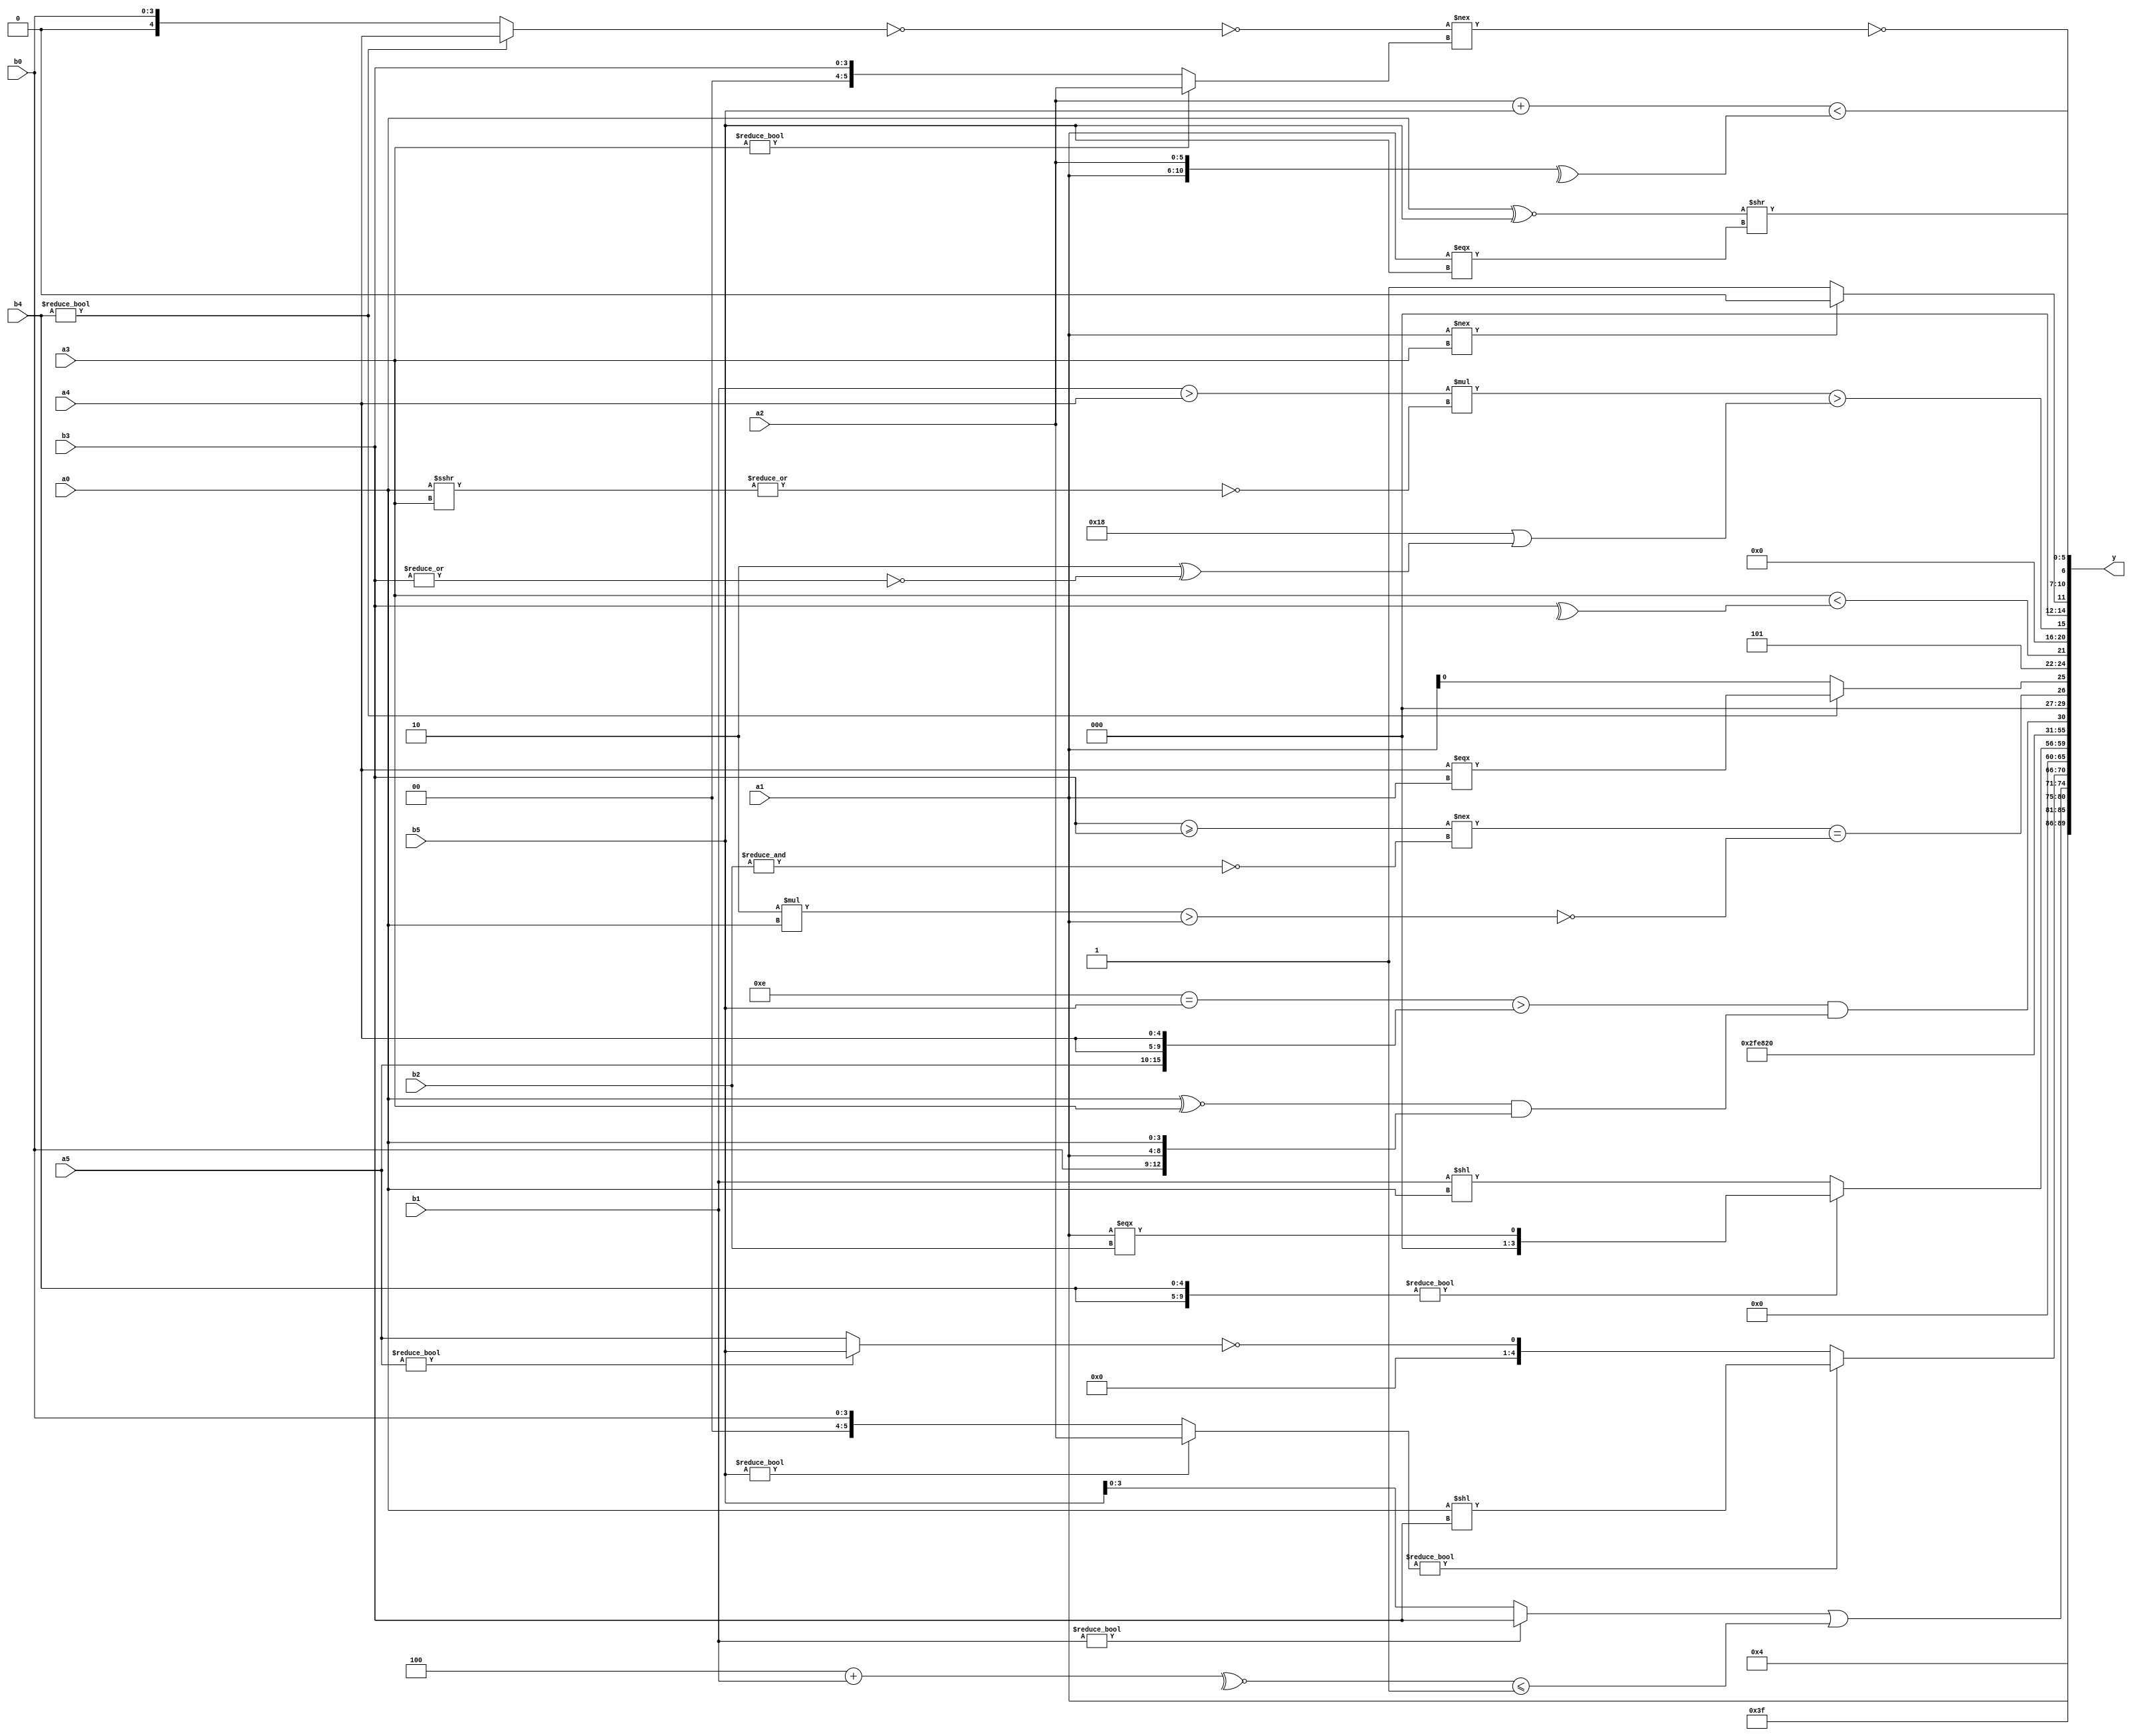
module expression_00474(a0, a1, a2, a3, a4, a5, b0, b1, b2, b3, b4, b5, y);
  input [3:0] a0;
  input [4:0] a1;
  input [5:0] a2;
  input signed [3:0] a3;
  input signed [4:0] a4;
  input signed [5:0] a5;

  input [3:0] b0;
  input [4:0] b1;
  input [5:0] b2;
  input signed [3:0] b3;
  input signed [4:0] b4;
  input signed [5:0] b5;

  wire [3:0] y0;
  wire [4:0] y1;
  wire [5:0] y2;
  wire signed [3:0] y3;
  wire signed [4:0] y4;
  wire signed [5:0] y5;
  wire [3:0] y6;
  wire [4:0] y7;
  wire [5:0] y8;
  wire signed [3:0] y9;
  wire signed [4:0] y10;
  wire signed [5:0] y11;
  wire [3:0] y12;
  wire [4:0] y13;
  wire [5:0] y14;
  wire signed [3:0] y15;
  wire signed [4:0] y16;
  wire signed [5:0] y17;

  output [89:0] y;
  assign y = {y0,y1,y2,y3,y4,y5,y6,y7,y8,y9,y10,y11,y12,y13,y14,y15,y16,y17};

  localparam [3:0] p0 = ({(5'd23),{(~&(5'sd7))},(!{(-4'sd5),(2'sd1),(-4'sd5)})}>>>((&{(5'd31),(2'd0),(-2'sd0)})===(+{(3'd4),(5'sd4)})));
  localparam [4:0] p1 = ((2'sd1)>=(5'd11));
  localparam [5:0] p2 = (3'd4);
  localparam signed [3:0] p3 = {3{{2{(-4'sd0)}}}};
  localparam signed [4:0] p4 = ((&((4'd15)&(-5'sd15)))>((5'sd1)<<(2'sd0)));
  localparam signed [5:0] p5 = (!{({(2'sd0)}?(^(-{2{(4'd1)}})):{(3'd1),(-4'sd3),(4'd12)})});
  localparam [3:0] p6 = ((|(((5'd17)?(2'sd0):(2'sd1))>=(&(2'd3))))&(~|(((-5'sd7)?(5'd5):(2'd2))&&(3'sd1))));
  localparam [4:0] p7 = (3'd0);
  localparam [5:0] p8 = {4{(5'd10)}};
  localparam signed [3:0] p9 = (((&(-3'sd0))?((-2'sd1)>(2'd1)):(5'd23))!=({2{(6'd2 * (4'd5))}}-({3{(2'd0)}}-(-(-4'sd4)))));
  localparam signed [4:0] p10 = (5'sd4);
  localparam signed [5:0] p11 = {3{{1{(2'd1)}}}};
  localparam [3:0] p12 = ((4'd2 * ((5'd28)>>>(2'd2)))||((|(4'd0))?((4'sd6)?(-5'sd7):(5'd29)):((2'sd1)+(4'sd6))));
  localparam [4:0] p13 = {1{{3{(5'd14)}}}};
  localparam [5:0] p14 = (2'sd0);
  localparam signed [3:0] p15 = ((-2'sd0)?((5'sd2)>=(4'd0)):((-3'sd3)-(2'd3)));
  localparam signed [4:0] p16 = (((-2'sd1)?(2'd1):(-5'sd13))>={1{(-2'sd1)}});
  localparam signed [5:0] p17 = (-((~^(~(((5'd6)>(5'sd11))>>((4'sd2)!=(2'd2)))))!=({3{(2'd0)}}<(~&((3'd2)^(-4'sd3))))));

  assign y0 = (p3?p14:p10);
  assign y1 = {(~$unsigned((a5|p1))),$unsigned({(b2<b1)}),{1{{a2,a3,a1}}}};
  assign y2 = {3{{1{(3'd7)}}}};
  assign y3 = ((((b1))?{{p2,b4,b3}}:(p12?b5:b1))|((~^(p10+b1))<=(-(p11==p11))));
  assign y4 = ((+(b5?a2:b0))?(a0<<b3):(!(a5?b5:a5)));
  assign y5 = (&(~^(4'd4)));
  assign y6 = $signed(({b4,b4}?((a1===b2)):(b1<<a0)));
  assign y7 = (2'd2);
  assign y8 = (-2'sd1);
  assign y9 = (-5'sd6);
  assign y10 = {1{{{2{{1{(p17>>>p2)}}}},(~^{3{(p15<p2)}})}}};
  assign y11 = (($unsigned((p0==b5))>$signed({a5,a4,a4}))&&(((a0^~a3))&{b0,a1,a0}));
  assign y12 = (((&(^(b3>=b3)))!==(~&((b2))))==(!$unsigned(((((5'd2 * a0)>$signed(a1)))))));
  assign y13 = {({b4}?(a4===a1):{a1}),$unsigned((~(3'd2))),((+a3)<(^b3))};
  assign y14 = (|(((b1>a4)*(~|(a0>>>a3)))>(((-3'sd3)-(3'd5))|((5'd2)^(~|b3)))));
  assign y15 = {(((a4===a4)?(a1!==a3):(+p2))?{{p14},(p8&p6)}:((p1<<<p11)>={p3}))};
  assign y16 = {((a0^~b5)>>(a1===b5)),((a2+b5)<(^{a1,a2}))};
  assign y17 = (~((~&(~|(^((~(!(b4?a4:b0)))!==(a3?a2:b3)))))));
endmodule